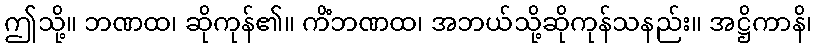
ဤသို့။ ဘဏထ၊ ဆိုကုန်၏။ ကိံဘဏထ၊ အဘယ်သို့ဆိုကုန်သနည်း။ အဋ္ဌိကာနိ၊